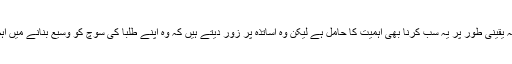
انہوں نے کہا کہ یقینی طور پر یہ سب کرنا بھی اہمیت کا حامل ہے لیکن وہ اساتذہ پر زور دیتے ہیں کہ وہ اپنے طلبا کی سوچ کو وسیع بنانے میں اہم رول ادا کریں۔